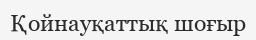
Қойнауқаттық шоғыр